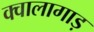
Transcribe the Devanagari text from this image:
क्वालागाड़